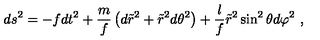
d s ^ { 2 } = - f d t ^ { 2 } + \frac { m } { f } \left( d \tilde { r } ^ { 2 } + \tilde { r } ^ { 2 } d \theta ^ { 2 } \right) + \frac { l } { f } \tilde { r } ^ { 2 } \sin ^ { 2 } \theta d \varphi ^ { 2 } \ ,